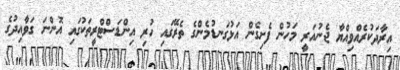
އިރާދަކުރެއްވިއްޔާ ޖެނުއަރީ މަހުން ފެށިގެން އަޅުގަނޑުމެންގެ ތެރޭގައި ހުރި އިންޑަސްޓްރީތަކުގައި އޮންނަ ގަވާއިދުގެ